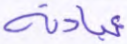
عبادته